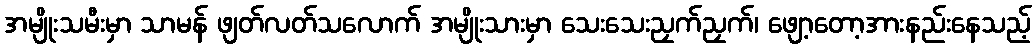
အမျိုးသမီးမှာ သာမန် ဖျတ်လတ်သလောက် အမျိုးသားမှာ သေးသေးညှက်ညှက်၊ ဖျော့တော့အားနည်းနေသည့်